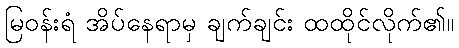
မြဝန်းရံ အိပ်နေရာမှ ချက်ချင်း ထထိုင်လိုက်၏။